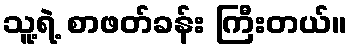
သူ့ရဲ့ စာဖတ်ခန်း ကြီးတယ်။